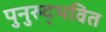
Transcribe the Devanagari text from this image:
पुनुरुद्भवित